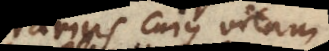
Ferrarius, cujus vitam